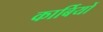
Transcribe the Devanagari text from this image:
कार्बियों